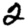
Digit: 2